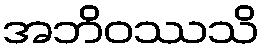
အဘိဝဿသိ